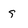
Character: s